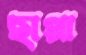
ছাপ্পা